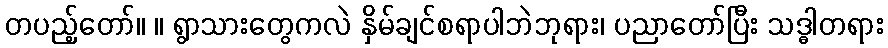
တပည့်တော်။ ။ ရွာသားတွေကလဲ နှိမ်ချင်စရာပါဘဲဘုရား၊ ပညာတော်ပြီး သဒ္ဓါတရား